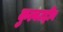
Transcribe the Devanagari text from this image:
कुल्बउद्दीन